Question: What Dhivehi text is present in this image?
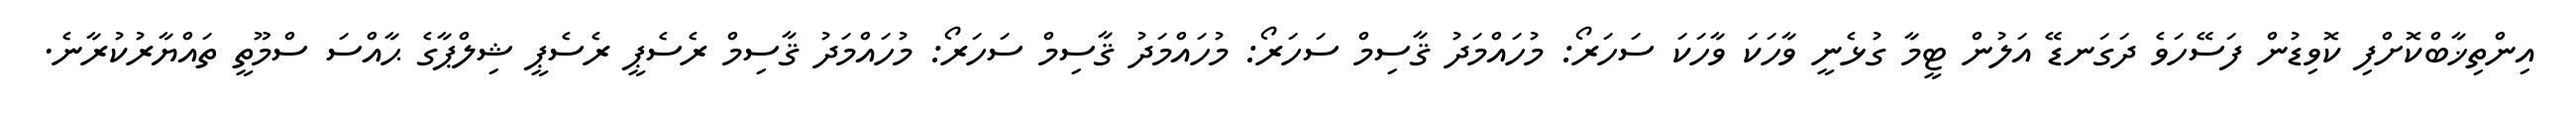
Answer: އިންތިޚާބްކޮށްފި ކޮވިޑުން ފަސޭހަވެ ދަގަނޑޭ އަލުން ޓީމާ ގުޅެނީ ވާހަކަ ވާހަކަ ސަހަރޯ: މުހައްމަދު ޤާސިމް ސަހަރޯ: މުހައްމަދު ޤާސިމް ސަހަރޯ: މުހައްމަދު ޤާސިމް ރެސެޕީ ރެސެޕީ ޝިލްޕާގެ ޙާއްސަ ސްމޫތީ ތައްޔާރުކުރާނެ.